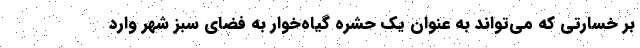
بر خسارتی که می‌تواند به عنوان یک حشره گیاه‌خوار به فضای سبز شهر وارد